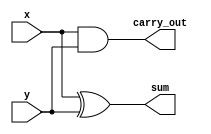
`timescale 1ns / 1ps
//////////////////////////////////////////////////////////////////////////////////
// Company: 
// Engineer: 
// 
// Design Name: 
// Module Name: half_adder
// Project Name: 
// Target Devices: 
// Tool Versions: 
// Description: 
// 
// Dependencies: 
// 
// Revision:
// Revision 0.01 - File Created
// Additional Comments:
// 
//////////////////////////////////////////////////////////////////////////////////


module half_adder(
    output sum, 
    output carry_out,
    input x,
    input y
    );
xor x1(sum,x,y);
and a1(carry_out,x,y);
    
    
endmodule